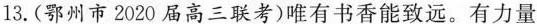
13.(鄂州市2020届高三联考)唯有书香能致远。有力量